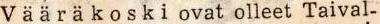
Vääräkoski ovat olleet Taival-